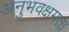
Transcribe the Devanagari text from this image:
अनुभवक्षमता